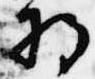
将